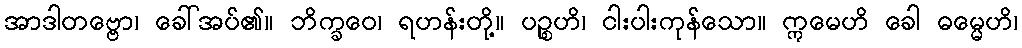
အာဒါတဗ္ဗော၊ ခေါ်အပ်၏။ ဘိက္ခဝေ၊ ရဟန်းတို့။ ပဉ္စဟိ၊ ငါးပါးကုန်သော။ ဣမေဟိ ခေါ ဓမ္မေဟိ၊